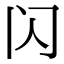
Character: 闪